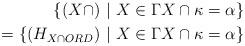
LaTeX: \begin{align*}\{ (X \cap ) \ | \ X \in \Gamma X \cap \kappa = \alpha \} \\= \{ (H_{X \cap ORD}) \ | \ X \in \Gamma X \cap \kappa = \alpha \}\end{align*}